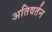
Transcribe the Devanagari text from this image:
अतिवर्तन